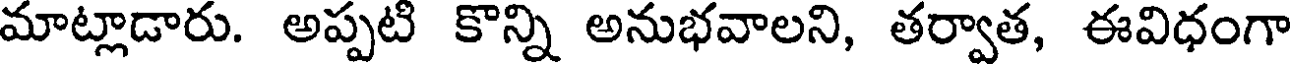
మాట్లాడారు. అప్పటి కొన్ని అనుభవాలని, తర్వాత, ఈవిధంగా